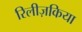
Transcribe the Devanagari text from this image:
रिलीज़किया